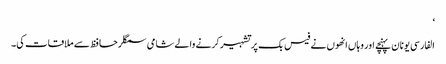
‘
الفارسی یونان پہنچے اور وہاں انھوں نے فیس بک پر تشہیر کرنے والے شامی سمگلر حافظ سے ملاقات کی۔